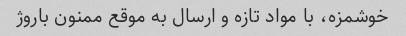
خوشمزه، با مواد تازه و ارسال به موقع ممنون باروژ